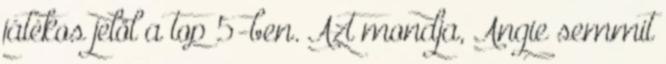
játékos jelöl a top 5-ben. Azt mondja, Angie semmit